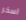
اسخر